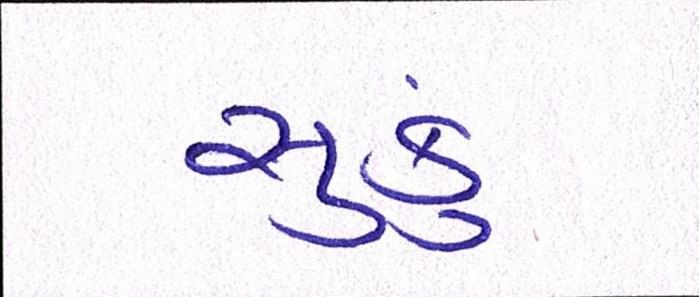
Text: સુકું